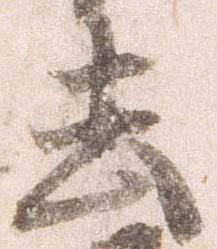
去